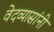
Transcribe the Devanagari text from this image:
वेदव्यासांनी